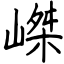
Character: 嵥